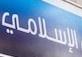
الإسلا